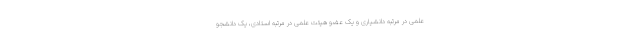
علمی در مرتبه دانشیاری و یک عضو هیئت علمی در مرتبه استادی، یک دانشجو